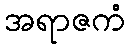
အရာဇကံ